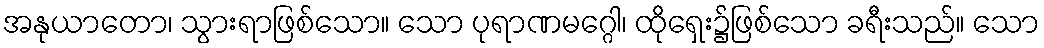
အနုယာတော၊ သွားရာဖြစ်သော။ သော ပုရာဏမဂ္ဂေါ၊ ထိုရှေး၌ဖြစ်သော ခရီးသည်။ သော